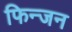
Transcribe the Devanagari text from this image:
फिन्जन